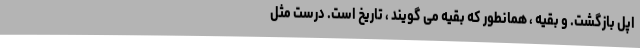
اپل بازگشت. و بقیه ، همانطور که بقیه می گویند ، تاریخ است. درست مثل